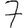
Digit: 7